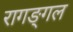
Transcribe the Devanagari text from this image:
रागङ्गल